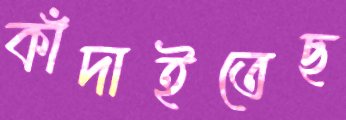
কাঁদাইতেছ